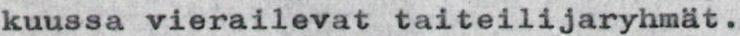
kuussa vierailevat taiteilijaryhmät.